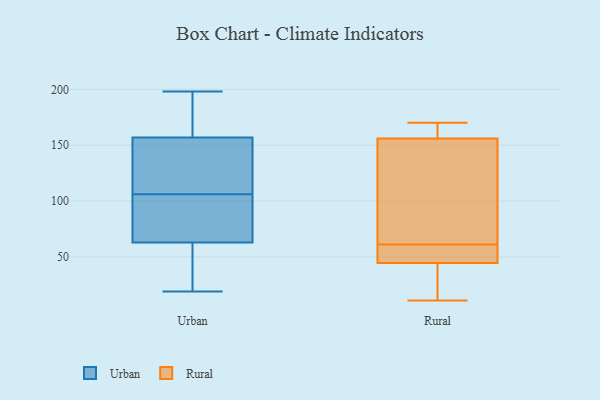
{"axis": {"x": "Waste Production (Tons)", "y": "Value"}, "legend": ["Rural", "Urban"], "data": [{"x": "", "y": 65, "type": "Urban"}, {"x": "", "y": 116, "type": "Urban"}, {"x": "", "y": 72, "type": "Urban"}, {"x": "", "y": 62, "type": "Urban"}, {"x": "", "y": 30, "type": "Urban"}, {"x": "", "y": 106, "type": "Urban"}, {"x": "", "y": 52, "type": "Urban"}, {"x": "", "y": 195, "type": "Urban"}, {"x": "", "y": 166, "type": "Urban"}, {"x": "", "y": 183, "type": "Urban"}, {"x": "", "y": 80, "type": "Urban"}, {"x": "", "y": 114, "type": "Urban"}, {"x": "", "y": 19, "type": "Urban"}, {"x": "", "y": 198, "type": "Urban"}, {"x": "", "y": 130, "type": "Urban"}, {"x": "", "y": 170, "type": "Rural"}, {"x": "", "y": 12, "type": "Rural"}, {"x": "", "y": 11, "type": "Rural"}, {"x": "", "y": 61, "type": "Rural"}, {"x": "", "y": 54, "type": "Rural"}, {"x": "", "y": 156, "type": "Rural"}, {"x": "", "y": 26, "type": "Rural"}, {"x": "", "y": 43, "type": "Rural"}, {"x": "", "y": 55, "type": "Rural"}, {"x": "", "y": 130, "type": "Rural"}, {"x": "", "y": 164, "type": "Rural"}, {"x": "", "y": 49, "type": "Rural"}, {"x": "", "y": 162, "type": "Rural"}, {"x": "", "y": 94, "type": "Rural"}, {"x": "", "y": 156, "type": "Rural"}]}